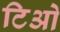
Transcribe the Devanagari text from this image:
टिओ